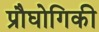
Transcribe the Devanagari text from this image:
प्रौघोगिकी